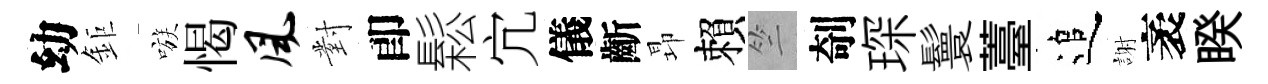
幼鉅嗾愒风對卽鬆宂儀齗昻賴竺剞琛鬟薹追謝袤睽